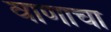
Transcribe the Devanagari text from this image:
वाणाचा